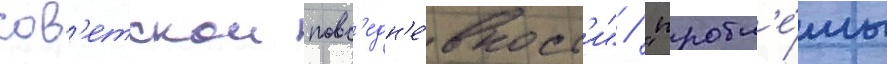
сов'етскои повс'едн'е́вност'и" / "пробл'е́мы